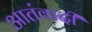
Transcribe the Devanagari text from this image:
आतंवादी